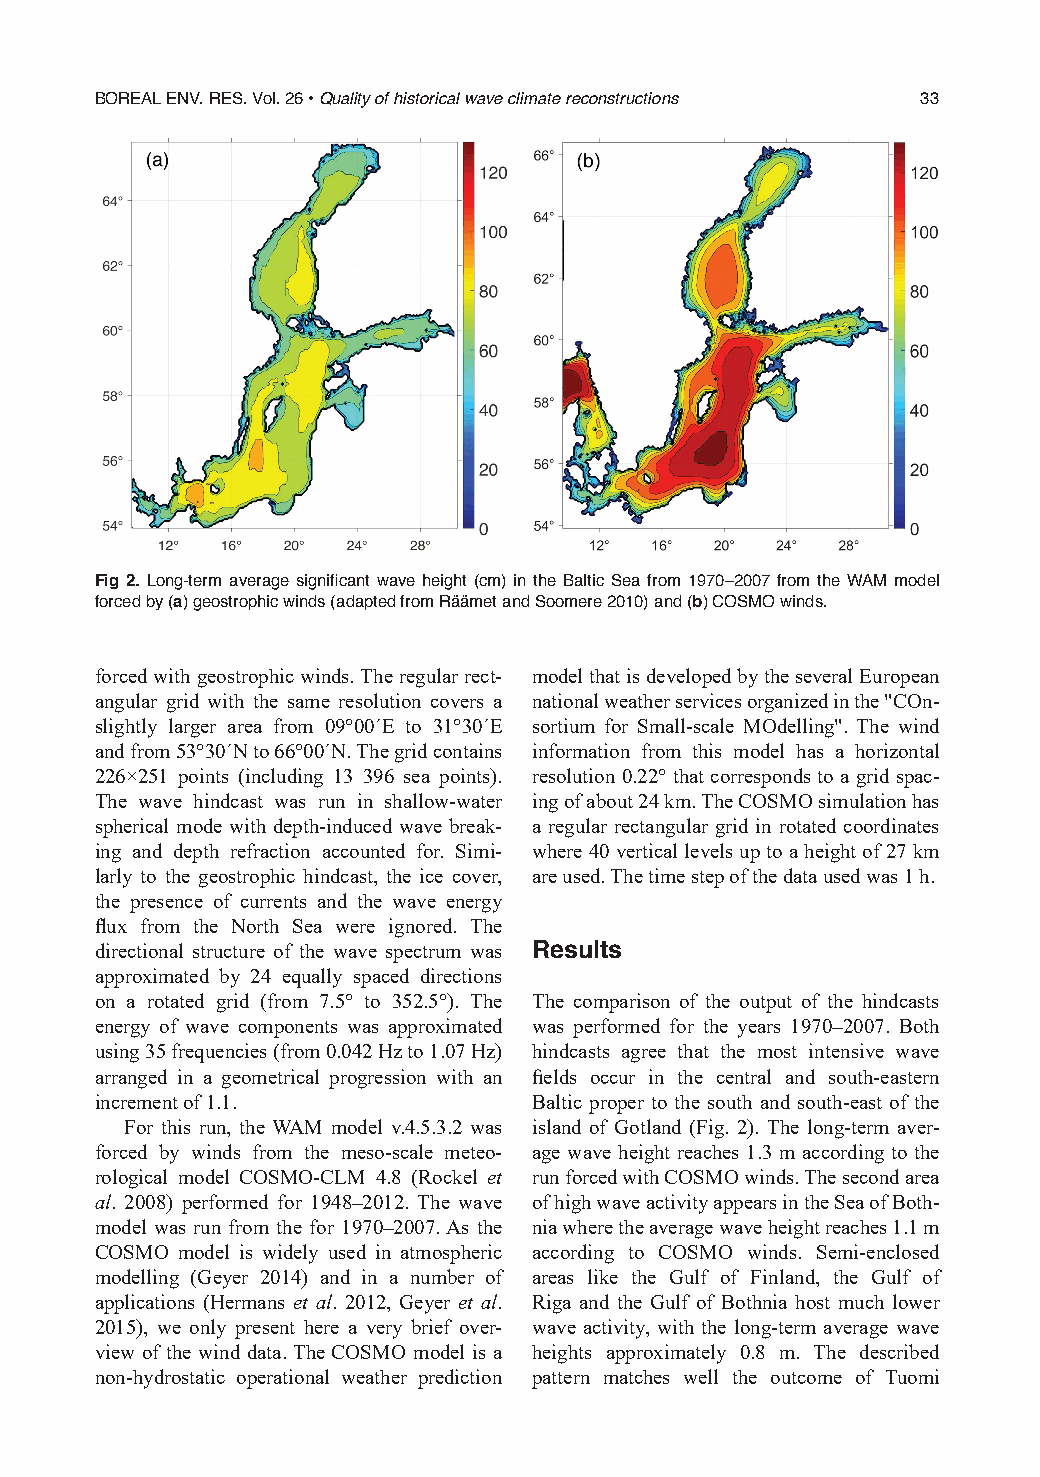
BOREAL ENV. RES. Vol. 26 • Quality of historical wave climate reconstructions 33
 Fig 2. Long-term average significant wave height (cm) in the Baltic Sea from 1970–2007 from the WAM model
 forced by (a) geostrophic winds (adapted from Räämet and Soomere 2010) and (b) COSMO winds.
 forced with geostrophic winds. The regular rect- model that is developed by the several European
 angular grid with the same resolution covers a national weather services organized in the "COn-
 slightly larger area from 09°00´E to 31°30´E sortium for Small-scale MOdelling". The wind
 and from 53°30´N to 66°00´N. The grid contains information from this model has a horizontal
 226×251 points (including 13 396 sea points). resolution 0.22° that corresponds to a grid spac-
 The wave hindcast was run in shallow-water ing of about 24 km. The COSMO simulation has
 spherical mode with depth-induced wave break- a regular rectangular grid in rotated coordinates
 ing and depth refraction accounted for. Simi- where 40 vertical levels up to a height of 27 km
 larly to the geostrophic hindcast, the ice cover, are used. The time step of the data used was 1 h.
 the presence of currents and the wave energy
 flux from the North Sea were ignored. The
 directional structure of the wave spectrum was Results
 approximated by 24 equally spaced directions
 on a rotated grid (from 7.5° to 352.5°). The The comparison of the output of the hindcasts
 energy of wave components was approximated was performed for the years 1970–2007. Both
 using 35 frequencies (from 0.042 Hz to 1.07 Hz) hindcasts agree that the most intensive wave
 arranged in a geometrical progression with an fields occur in the central and south-eastern
 increment of 1.1.            Baltic proper to the south and south-east of the
 For this run, the WAM model v.4.5.3.2 was island of Gotland (Fig. 2). The long-term aver-
 forced by winds from the meso-scale meteo- age wave height reaches 1.3 m according to the
 rological model COSMO-CLM 4.8 (Rockel et run forced with COSMO winds. The second area
 al. 2008) performed for 1948–2012. The wave of high wave activity appears in the Sea of Both-
 model was run from the for 1970–2007. As the nia where the average wave height reaches 1.1 m
 COSMO model is widely used in atmospheric according to COSMO winds. Semi-enclosed
 modelling (Geyer 2014) and in a number of areas like the Gulf of Finland, the Gulf of
 applications (Hermans et al. 2012, Geyer et al. Riga and the Gulf of Bothnia host much lower
 2015), we only present here a very brief over- wave activity, with the long-term average wave
 view of the wind data. The COSMO model is a heights approximately 0.8 m. The described
 non-hydrostatic operational weather prediction pattern matches well the outcome of Tuomi